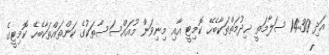
އަދި 14:30 ސަލާމަތީ ޚިދުމަތްތަކާބެހޭ ކޮމިޓީ އާއި މިނިވަން މުއައްސަސާތަކުގެ ކަންތައްތަކާބެހޭ ކޮމިޓީގެ